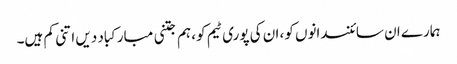
ہمارے ان سائنسدانوں کو، ان کی پوری ٹیم کو، ہم جتنی مبارکباد دیں اتنی کم ہیں۔